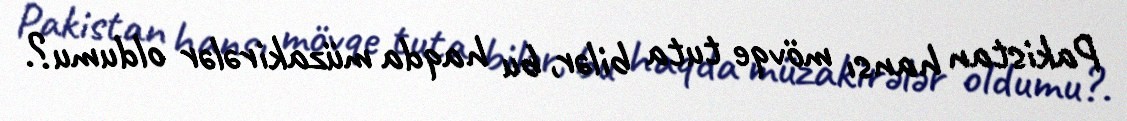
Pakistan hansı mövqe tuta bilər, bu haqda müzakirələr oldumu?.